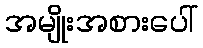
အမျိုးအစားပေါ်